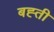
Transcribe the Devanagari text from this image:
बह्ती